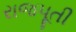
રાજપૂતી